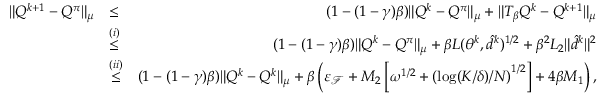
\begin{array} { r l r } { \| Q ^ { k + 1 } - Q ^ { \pi } \| _ { \mu } } & { \leq } & { ( 1 - ( 1 - \gamma ) \beta ) \| Q ^ { k } - Q ^ { \pi } \| _ { \mu } + \| T _ { \beta } Q ^ { k } - Q ^ { k + 1 } \| _ { \mu } } \\ & { \overset { ( i ) } { \leq } } & { ( 1 - ( 1 - \gamma ) \beta ) \| Q ^ { k } - Q ^ { \pi } \| _ { \mu } + \beta L ( \theta ^ { k } , \hat { d } ^ { k } ) ^ { 1 / 2 } + \beta ^ { 2 } L _ { 2 } \| \hat { d } ^ { k } \| ^ { 2 } } \\ & { \overset { ( i i ) } { \leq } } & { ( 1 - ( 1 - \gamma ) \beta ) \| Q ^ { k } - Q ^ { k } \| _ { \mu } + \beta \left( \varepsilon _ { \mathcal { F } } + M _ { 2 } \left[ \omega ^ { 1 / 2 } + \left( \log ( K / \delta ) / N \right) ^ { 1 / 2 } \right] + 4 \beta M _ { 1 } \right) , } \end{array}